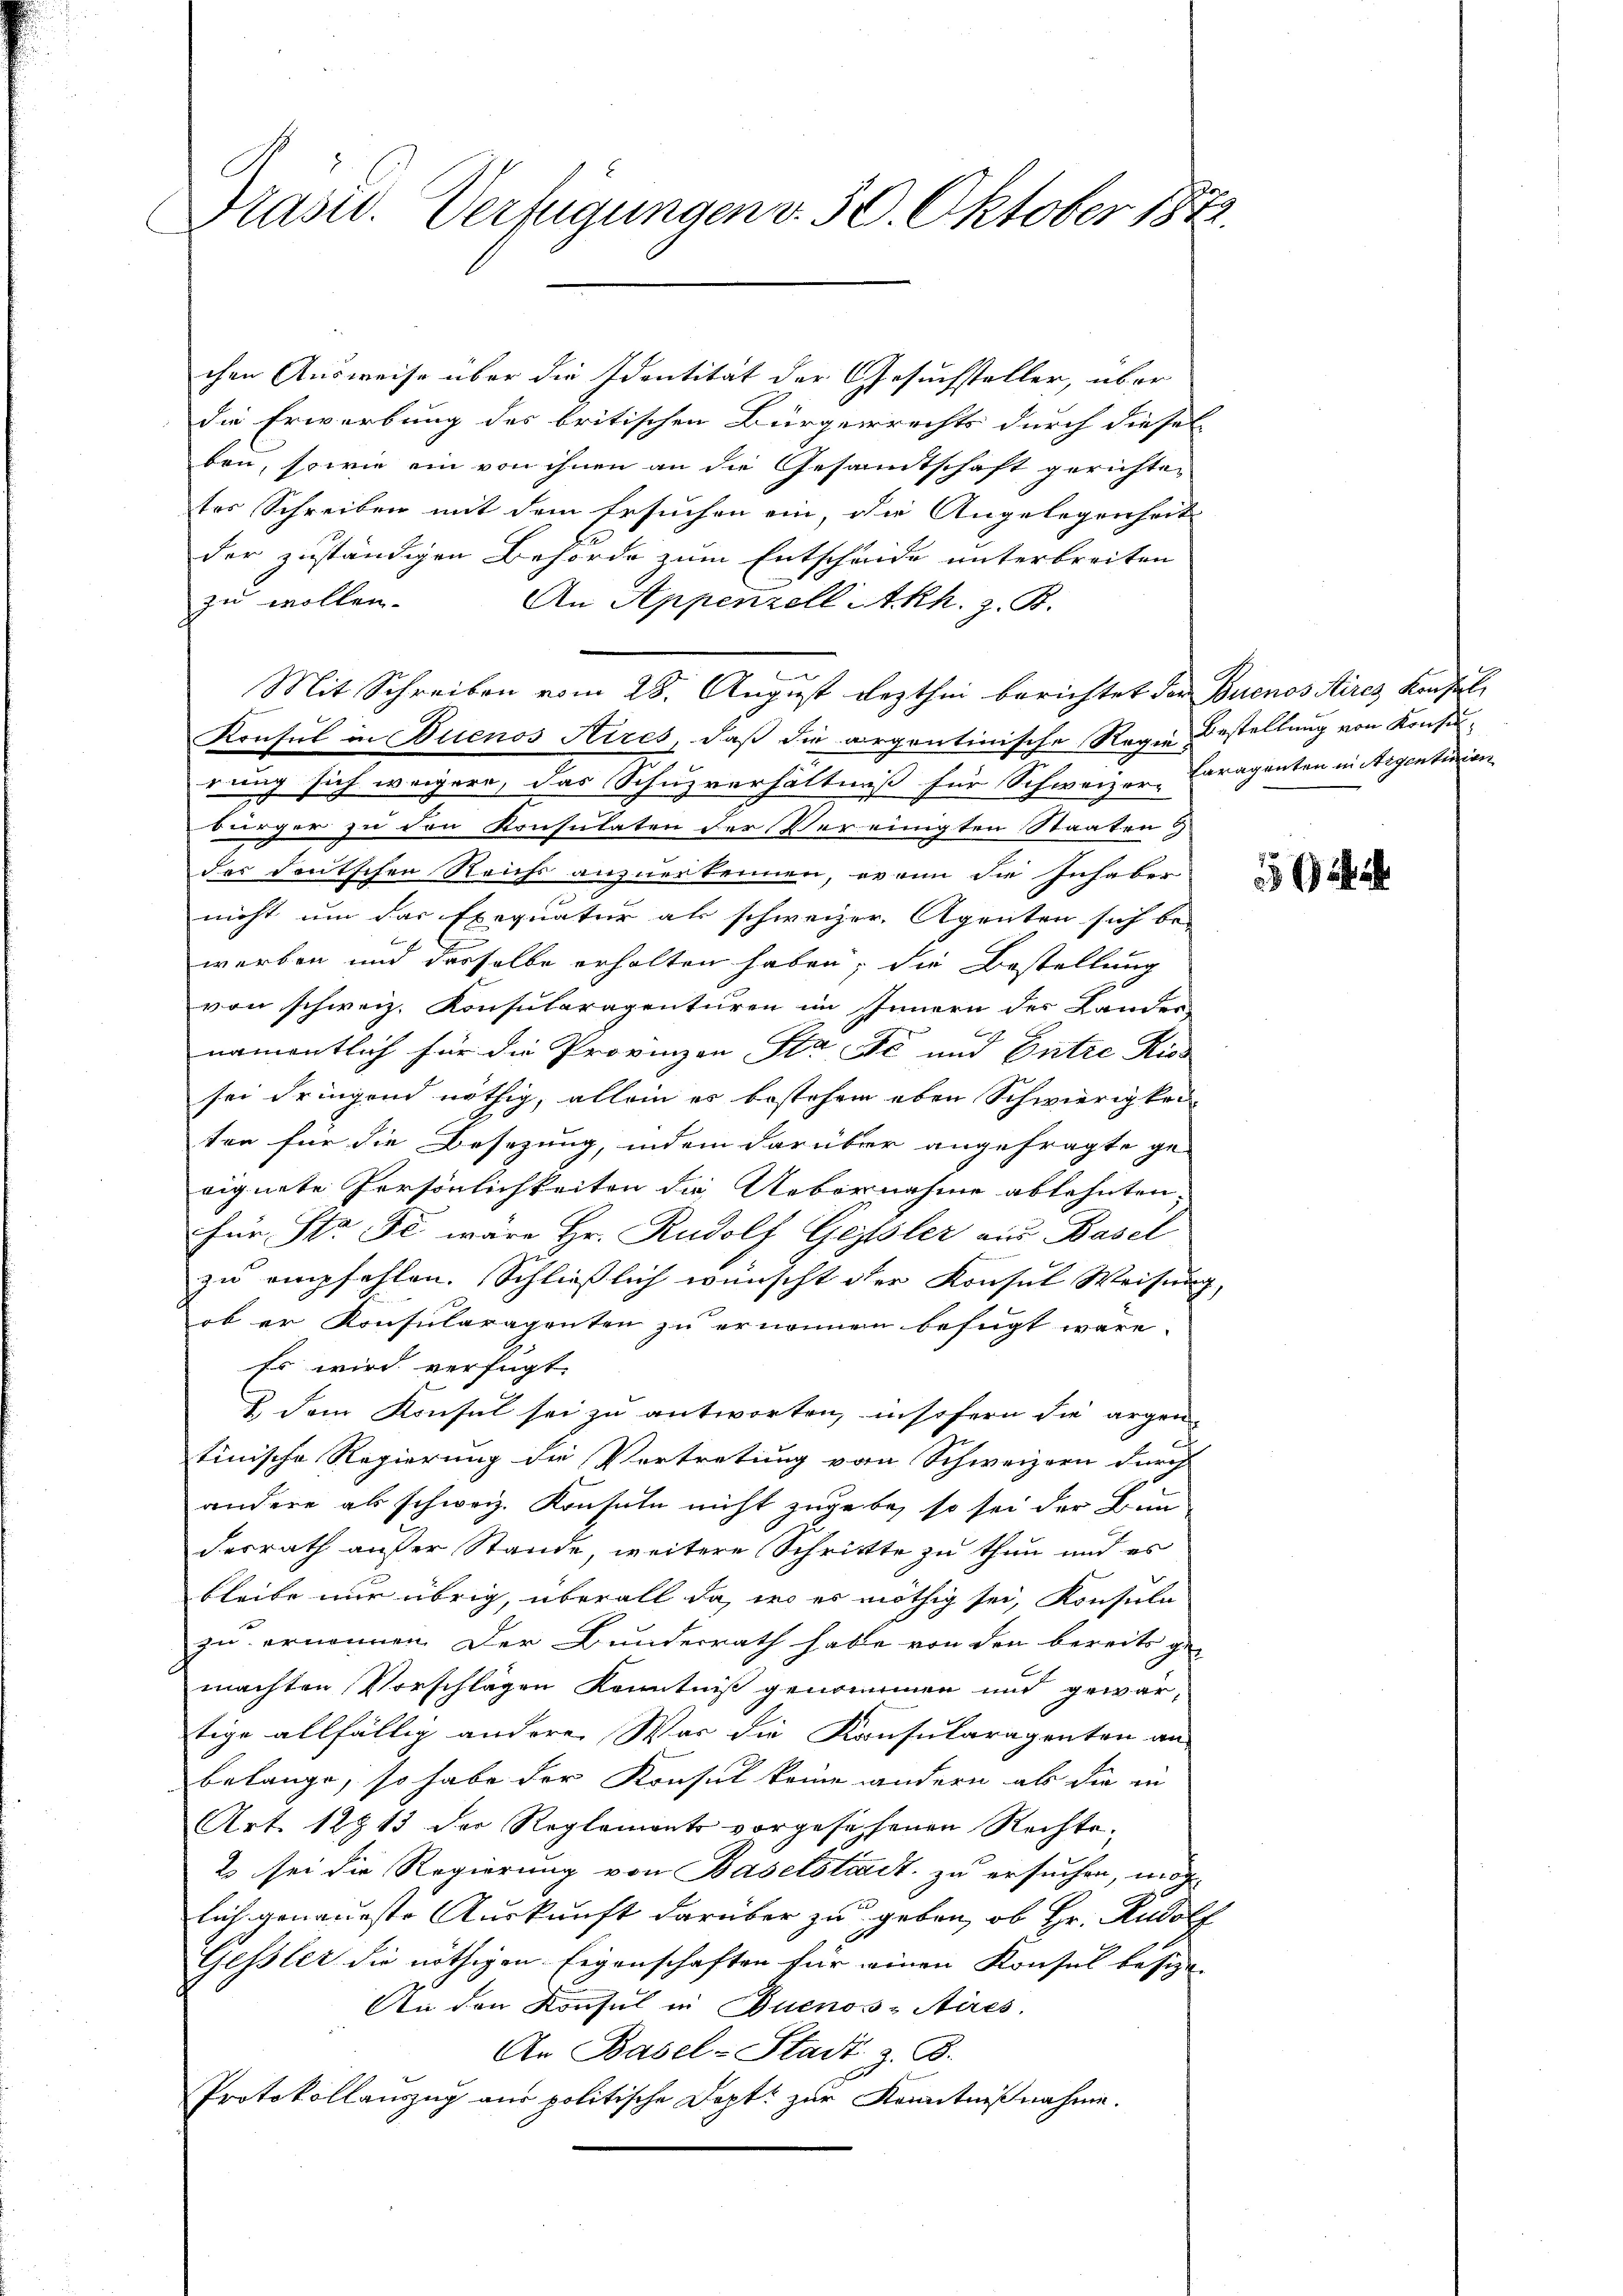
Präsid. Verfügungen v. 30. Oktober 1872.

chen Ausweise über die Identität der Gesuchsteller, über
die Erwerbung des britischen Bürgerrechts durch diesel- |
ben, sowie ein von ihnen an die Gesandtschaft gerichten
tes Schreiben mit dem Ersuchen ein, die Angelegenheit
der zuständigen Behörde zum Entscheide unterbreiten
zu wollen.
An Appenzell Akh. z. B.
Mit Schreiben vom 28. August lezthin berichtet der Buenos Aires Konsul
Konsul in Buenos Aires, daß die argentinische Regie Bestellung von Konsurung sich weigere, das Schuzverhältniß für Schweizer, Caraganten in Regenturien
bürger zu den Konsulaten der Vereinigten Staaten
der deutschen Reichs anzuerkennen, er nun die Inhaber
2
nicht um das Exequatur als schweizer, Agenten sich be-
werben und dasselbe erholten haben; die Bestellung
von schweiz. Konsularagenturen im Innern des Lander
namentlich für die Provinzen Sta etc und Entre Ries
sei dringend nöthig, allein es bestehen eben Schwierigkei
ten für die Besezung, indem darüber angefragte ge-
eignete Persönlichkeiten die Uebernahme ablehnten.
für Sta Fe wäre Hr. Rudolf Geisler aus Basel
zu empfehlen. Schließlich wünscht der Konsul Weisung
ob er Konsularagenten zu ernennen befugt wäre.
Es wird verfügt:
2.) Dem Konsul sei zu antworten, insofern die argen-
tinische Regierung die Vertretung von Schweizern durch
andere als schweiz. Konsuln nicht zugebe, so sei der Bun
desrath außer Stande, weitere Schrittte zu thun und es
bleibe nur übrig, überall da, wo es nöthig sei, Konsula
zu ernennen. Der Bunderrath habe von den bereits ge-
machten Vorschlägen Kenntniß genommen und gewartige allfällig andere War die Konsularagenten an
belange, so habe der Konsul keine andern als die in
Art. 12913 der Reglements vorgesehenen Rechte¬
2 sei die Regierung von Baselstadt zu ersuchen, mög
lich genaueste Auskunft darüber zu geben, ob Hr. Rudolf
Gessler die nöthigen Eigenschaften für einen Konsul besize
An den Konsul in Buenos-Aires.
An Basel-Stadt z. B.
Protokollauszug aus politische Doptt zur Kenntnißnahme.

,